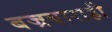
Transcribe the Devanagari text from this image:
बज्रबाराही